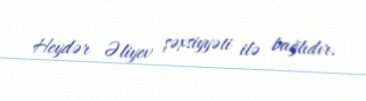
Heydər Əliyev şəxsiyyəti ilə bağlıdır.